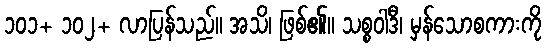
၁၀၁+ ၁၀၂+ လာပြန်သည်။ အသိ၊ ဖြစ်၏။ သစ္စဝါဒီ၊ မှန်သောစကားကို